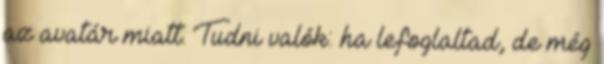
az avatár miatt. Tudni valók: ha lefoglaltad, de még